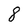
Character: 8